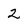
Character: 2